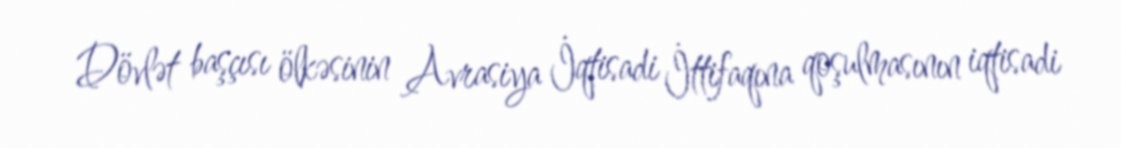
Dövlət başçısı ölkəsinin Avrasiya İqtisadi İttifaqına qoşulmasının iqtisadi